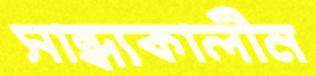
সান্ধ্যকালীন